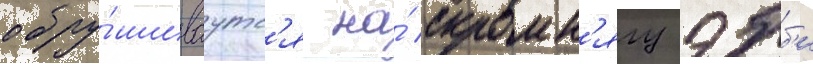
обру́шиваутс'я на́ скромн'ягу эбб'и